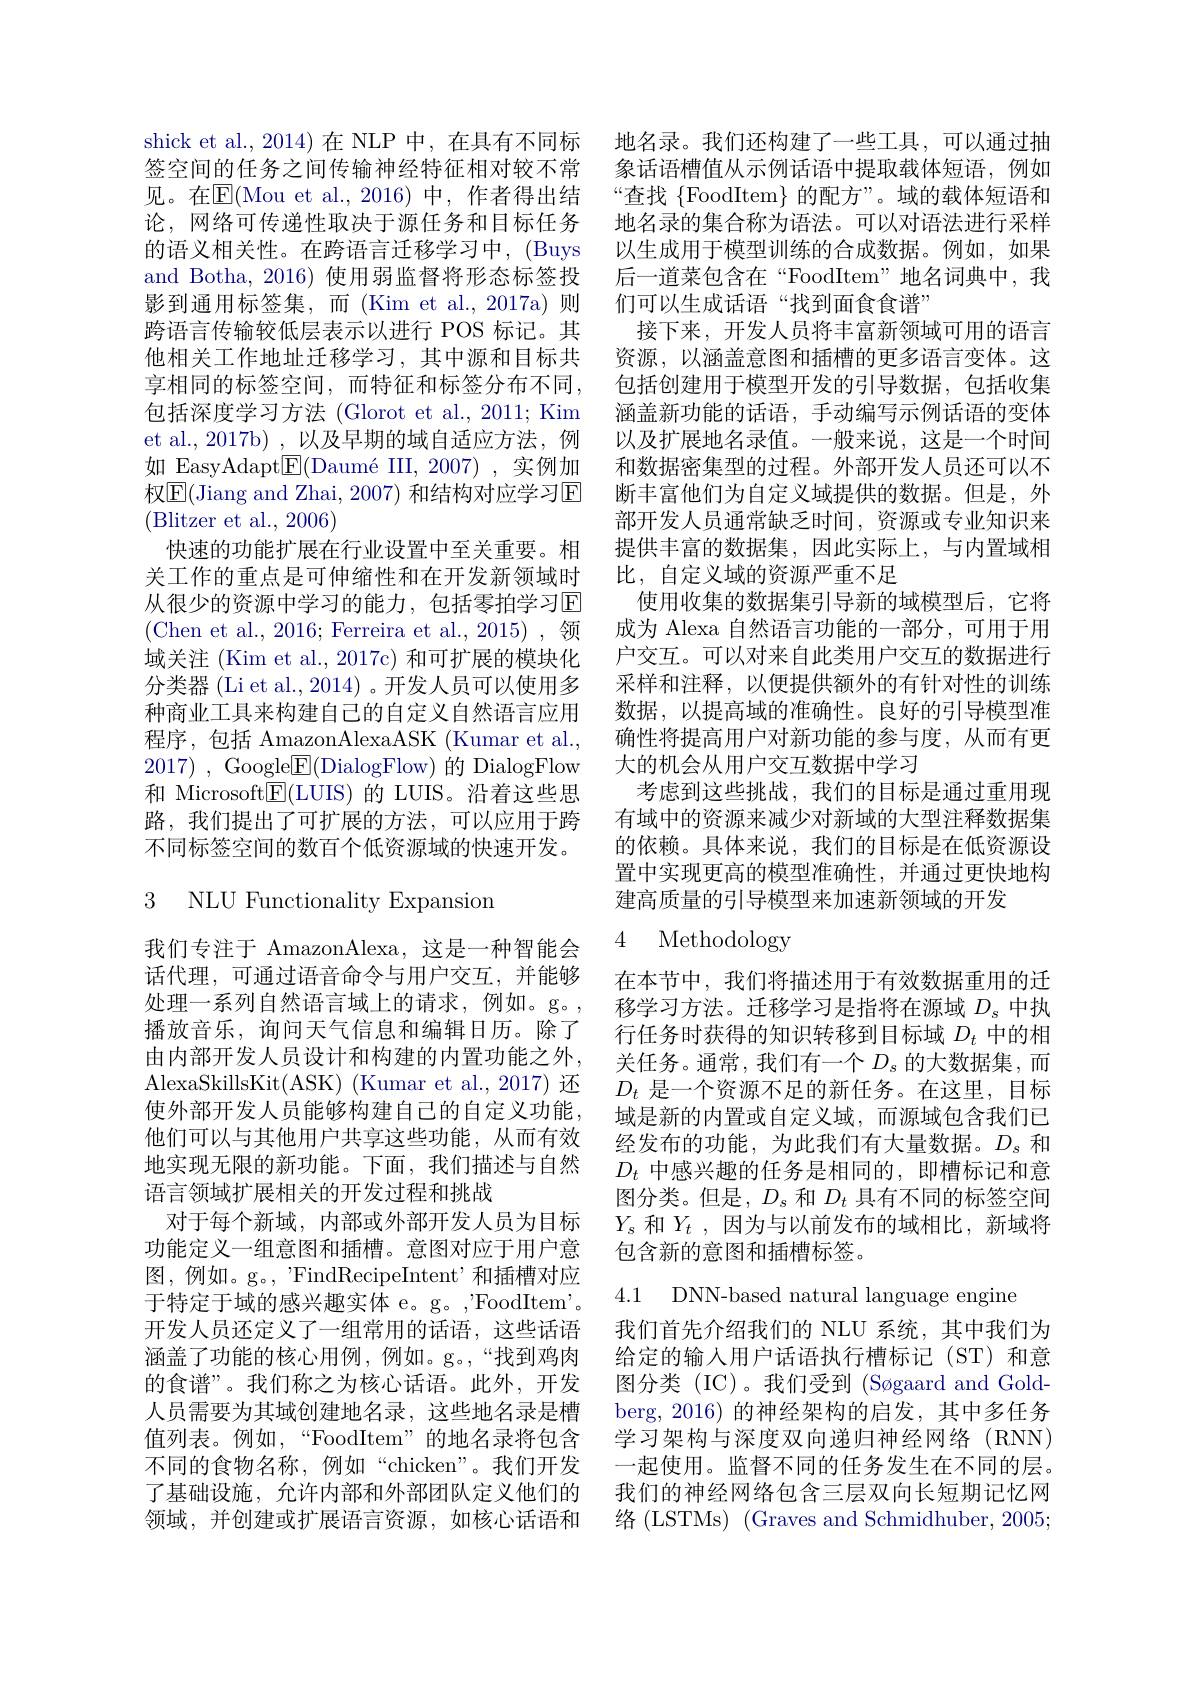
shick et al., 2014) 在 NLP 中，在具有不同标签空间的任务之间传输神经特征相对较不常见。在$\overline{\mathrm{E}}($Mou et al.,2016)中，作者得出结论，网络可传递性取决于源任务和目标任务的语义相关性。在跨语言迁移学习中，(Buys and Botha, 2016) 使用弱监督将形态标签投影到通用标签集，而(Kim et al.,2017a)则跨语言传输较低层表示以进行 POS 标记。其他相关工作地址迁移学习，其中源和目标共享相同的标签空间，而特征和标签分布不同， 包括深度学习方法 (Glorot et al., 2011; Kim et al., 2017b) , 以及早期的域自适应方法，例如 EasyAdapt$\underline{\mathrm{E}}($Daumé III, 2007), 实例加权$\overline{\mathrm{E}}($Jiang and Zhai, 2007) 和结构对应学习$\overline{\mathrm{E}}$ (Blitzer et al., 2006)
快速的功能扩展在行业设置中至关重要。相关工作的重点是可伸缩性和在开发新领域时从很少的资源中学习的能力，包括零拍学习$\mathbb{E}$ (Chen et al., 2016; Ferreira et al., 2015),领域关注 (Kim et al., 2017c) 和可扩展的模块化分类器 (Li et al.,2014) 。开发人员可以使用多种商业工具来构建自己的自定义自然语言应用程序，包括 AmazonAlexaASK (Kumar et al., 2017) , Google$\underline {{\mathrm{E} }}($DialogFlow)的 DialogFlow 和 Microsoft$\boxed{\mathrm{F}}($LUIS) 的 LUIS。沿着这些思路，我们提出了可扩展的方法，可以应用于跨不同标签空间的数百个低资源域的快速开发。

3 NLU Functionality Expansion

我们专注于 AmazonAlexa,这是一种智能会话代理，可通过语音命令与用户交互，并能够处理一系列自然语言域上的请求，例如。g。, 播放音乐，询问天气信息和编辑日历。除了由内部开发人员设计和构建的内置功能之外， AlexaSkillsKit(ASK) (Kumar et al., 2017) 还使外部开发人员能够构建自己的自定义功能， 他们可以与其他用户共享这些功能，从而有效地实现无限的新功能。下面，我们描述与自然语言领域扩展相关的开发过程和挑战
对于每个新域，内部或外部开发人员为目标功能定义一组意图和插槽。意图对应于用户意图，例如。g。"FindRecipeIntent’和插槽对应于特定于域的感兴趣实体 e。g。,FoodItem'. 开发人员还定义了一组常用的话语，这些话语涵盖了功能的核心用例，例如。g。,“找到鸡肉的食谱”。我们称之为核心话语。此外，开发人员需要为其域创建地名录，这些地名录是槽值列表。例如，“FoodItem”的地名录将包含不同的食物名称，例如“chicken”。我们开发了基础设施，允许内部和外部团队定义他们的领域，并创建或扩展语言资源，如核心话语和

地名录。我们还构建了一些工具，可以通过抽象话语槽值从示例话语中提取载体短语，例如“查找$\{$FoodItem}的配方”。域的载体短语和地名录的集合称为语法。可以对语法进行采样以生成用于模型训练的合成数据。例如，如果后一道菜包含在“FoodItem”地名词典中，我们可以生成话语“找到面食食谱”
接下来，开发人员将丰富新领域可用的语言资源，以涵盖意图和插槽的更多语言变体。这包括创建用于模型开发的引导数据，包括收集涵盖新功能的话语，手动编写示例话语的变体以及扩展地名录值。一般来说，这是一个时间和数据密集型的过程。外部开发人员还可以不断丰富他们为自定义域提供的数据。但是，外部开发人员通常缺乏时间，资源或专业知识来提供丰富的数据集，因此实际上，与内置域相比，自定义域的资源严重不足
使用收集的数据集引导新的域模型后，它将成为 Alexa 自然语言功能的一部分，可用于用户交互。可以对来自此类用户交互的数据进行采样和注释，以便提供额外的有针对性的训练数据，以提高域的准确性。良好的引导模型准确性将提高用户对新功能的参与度，从而有更大的机会从用户交互数据中学习
考虑到这些挑战，我们的目标是通过重用现有域中的资源来减少对新域的大型注释数据集的依赖。具体来说，我们的目标是在低资源设置中实现更高的模型准确性，并通过更快地构建高质量的引导模型来加速新领域的开发

# 4 Methodology

在本节中，我们将描述用于有效数据重用的迁移学习方法。迁移学习是指将在源域$D_s$中执行任务时获得的知识转移到目标域$D_t$中的相关任务。通常，我们有一个$D_s$的大数据集，而$D_t$是一个资源不足的新任务。在这里，目标域是新的内置或自定义域，而源域包含我们已经发布的功能，为此我们有大量数据。$D_s$和$D_t$中感兴趣的任务是相同的，即槽标记和意图分类。但是，$D_s$和$D_t$具有不同的标签空间$Y_s$和$Y_t$,因为与以前发布的域相比，新域将包含新的意图和插槽标签。

4.1 DNN-based natural language engine

我们首先介绍我们的 NLU 系统，其中我们为给定的输入用户话语执行槽标记(ST)和意图分类 (IC)。我们受到 (Søgaard and Goldberg,2016)的神经架构的启发，其中多任务学习架构与深度双向递归神经网络(RNN) 一起使用。监督不同的任务发生在不同的层。我们的神经网络包含三层双向长短期记忆网络 ( LSTMs) ( Graves and Schmidhuber, 2005;